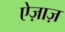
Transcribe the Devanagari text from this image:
ऐज़ाज़